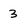
Character: 3